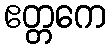
ဧတ္တကေ